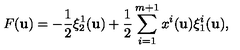
F ( { \bf u } ) = - \frac { 1 } { 2 } \xi _ { 2 } ^ { 1 } ( { \bf u } ) + \frac { 1 } { 2 } \sum _ { i = 1 } ^ { m + 1 } x ^ { i } ( { \bf u } ) \xi _ { 1 } ^ { i } ( { \bf u } ) ,